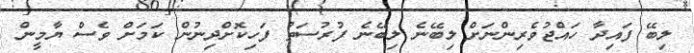
ލިބޭ ފައިދާ ހައްޖުވެރިންނަށް ލިބޭނެ ލިބޭނެ ފުރުސަތު ފަހިކޮށްދިނުން ކަމަށް ވެސް ޔާމީން